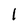
Character: l